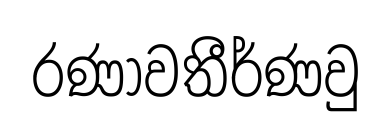
රණාවතීර්ණවු